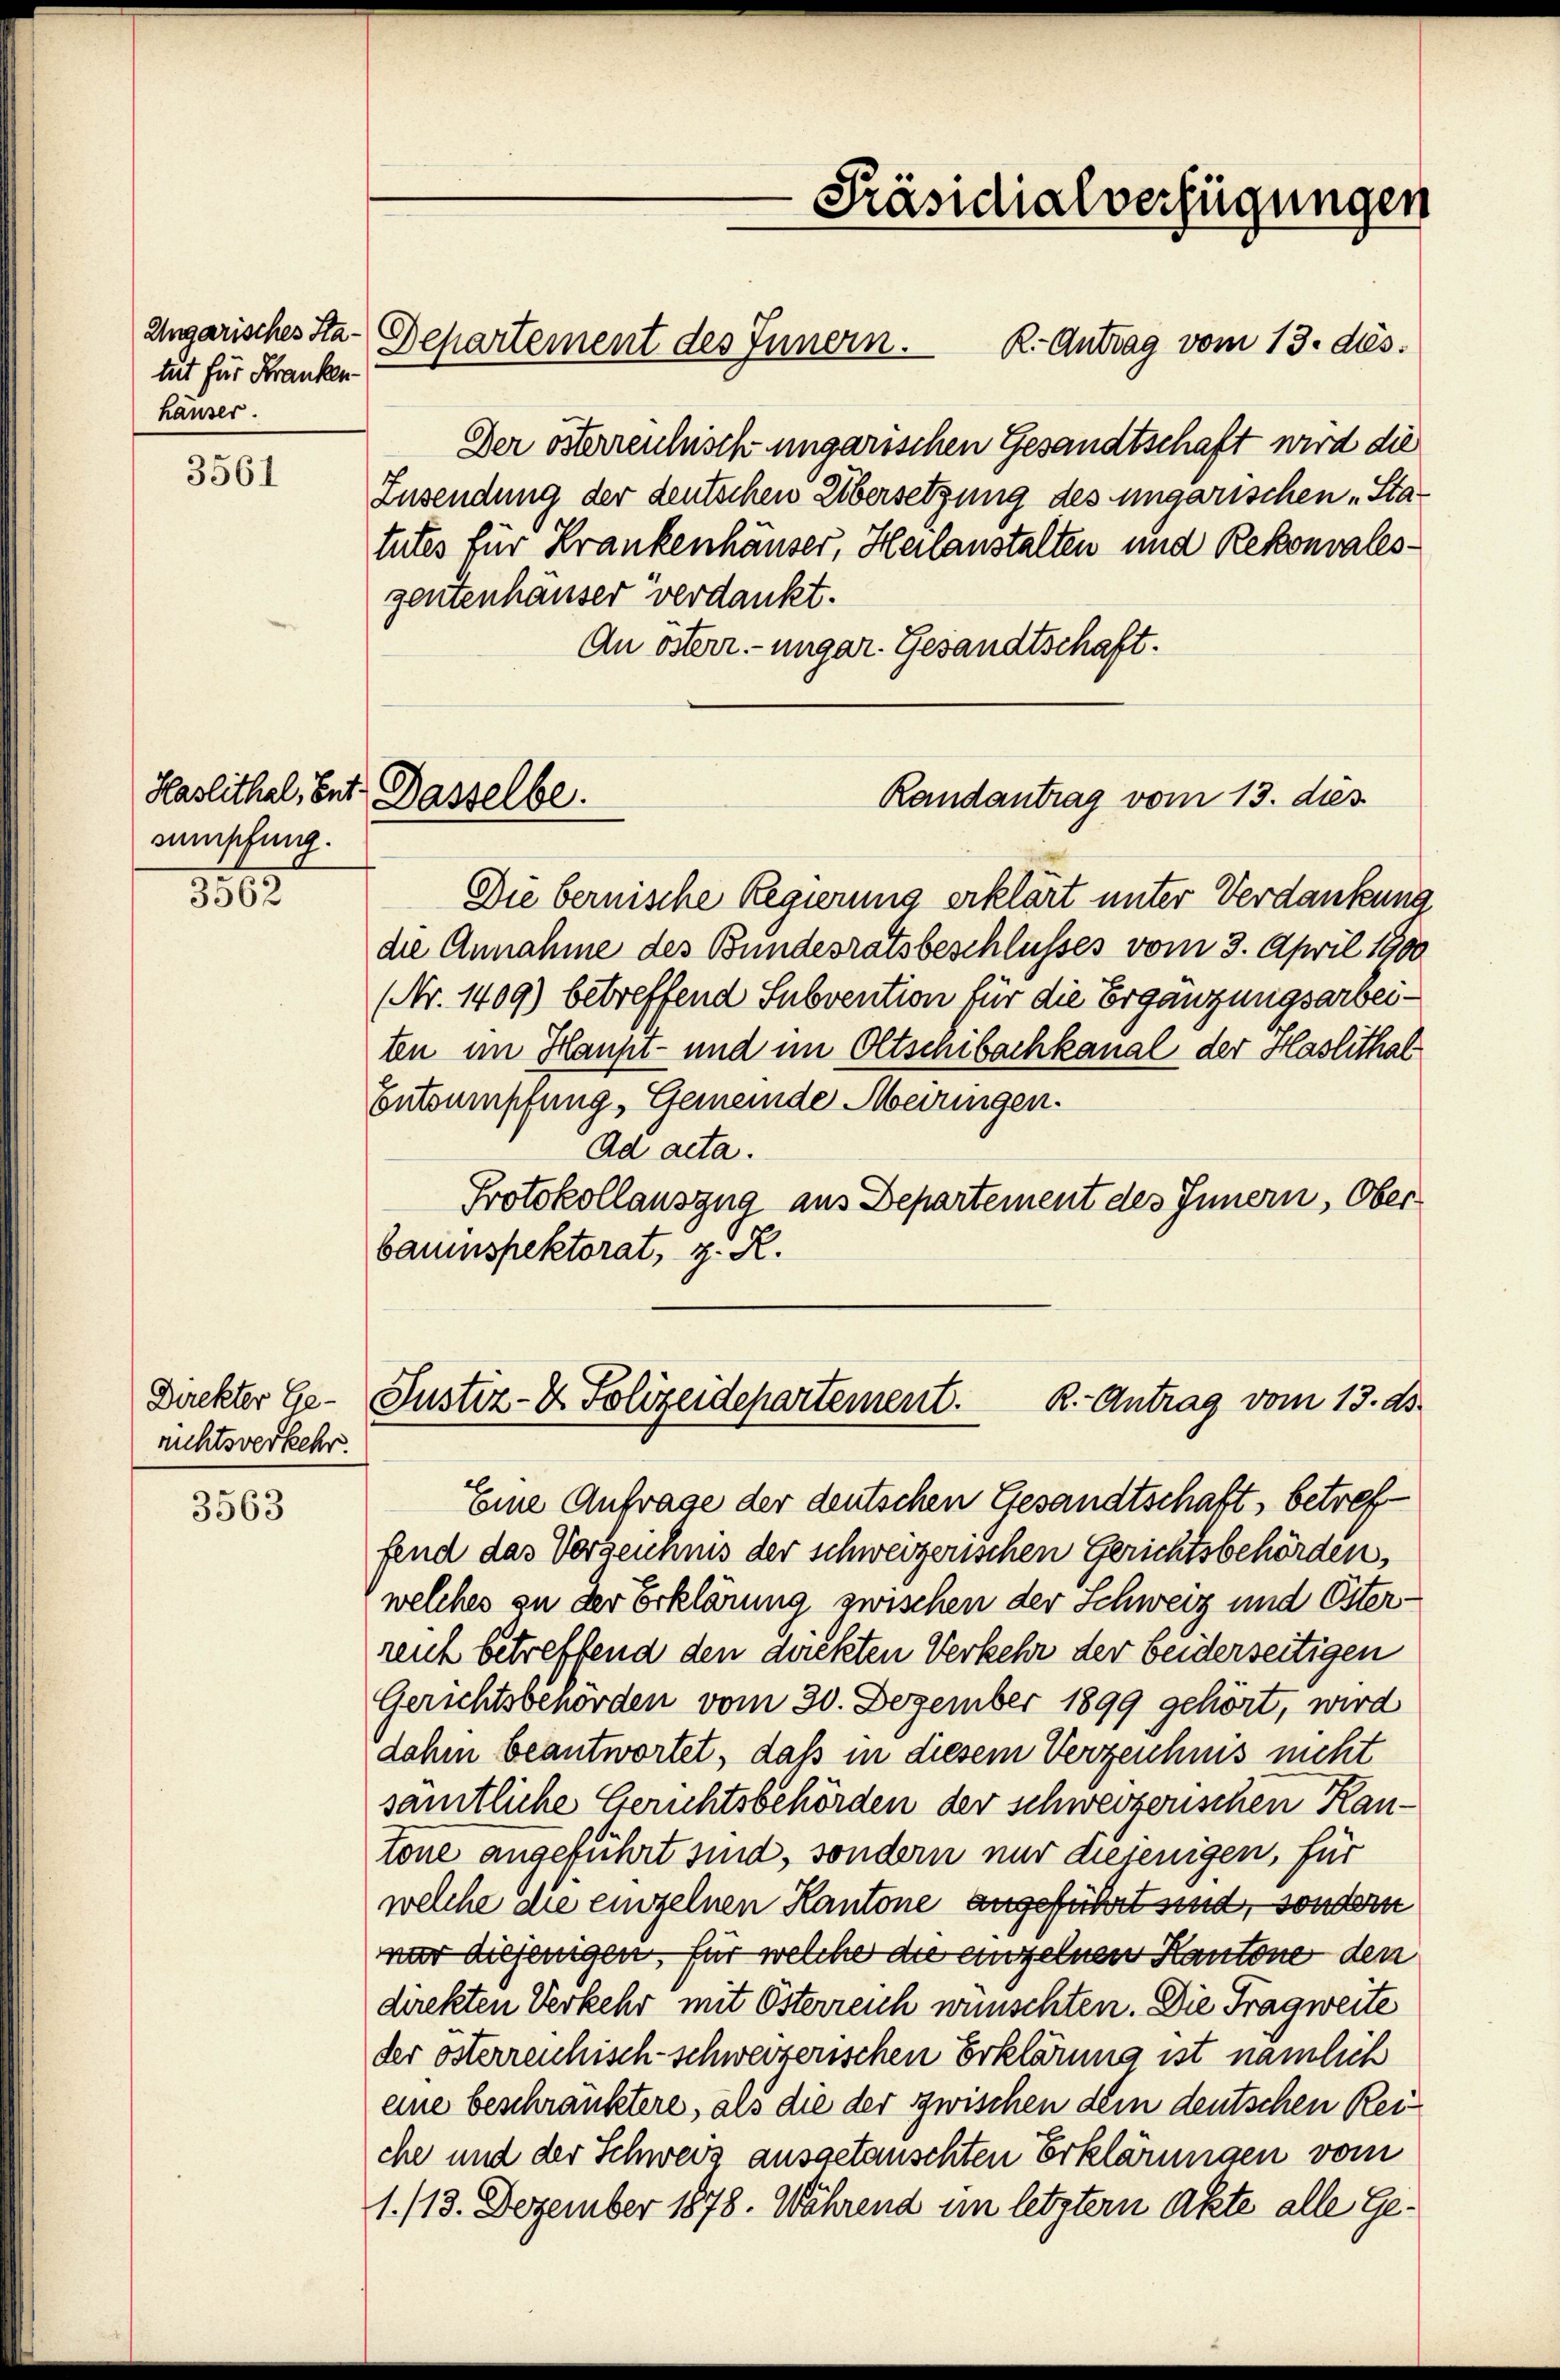
Ungarisches Sta-
tut für Franken
häuser.

3561

sempfing.

5562

Direkter Ge-
richtsverkehr.

3563

Der österrenhisch ungarischen Gesandtschaft wird die
Zusendung der deutschen Übersetzung des ungarischen „Statutes für Krankenhäuser, Heilanstalten und Rekonvalesgentenhäuser verdankt.
An österr. ungar. Gesandtschaft.

Haslithal, Ent Dasselbe.

Departement des Innern. K. Antrag vom 13. ds.

-Präsidialverfügungen

Randantrag vom 13. dies

Justiz- & Polizeidepartement.
R.- Antrag vom 13. ds.

Die bernische Regierung erklärt unter Verdankung
die Annahme des Bundesratsbeschlusses vom 3. April 1900
(Nr. 1409) betreffend Subvention für die Ergänzungsarbeiten im Haupt- und im Oltschibachkanal der Haslithal
Entsumpfung, Gemeinde Meiringen.
ad acta.
Protokollauszug aus Departement des Innern, Oberbauinspektorat, z. R.
Eine Anfrage der deutschen Gesandtschaft, betreffend das Verzeichnis der schweizerischen Gerichtsbehörden,
welches zu der Erklärung zwischen der Schweiz und Österreich betreffend den dickten Verkehr der beiderseitigen
Gerichtsbehörden vom 20. Dezember 1899 gehört, wird
dahin beantwortet, daß in diesem Verzeichnis nicht
sämtliche Gerichtsbehörden der schweizerischen Rautone angeführt sind, sondern nur diejenigen, für
welche die einzelnen Kantone angeführt sind, sondern
nur diejenigen für welche die einzelnen Kantone den
direkten Verkehr mit Österreich wünschten. Die Tragweite
der österreichisch schweizerischen Erklärung ist nämlich
eine beschränktere, als die der zwischen dem deutschen Reiche und der Schweiz ausgetanschten Erklärungen vom
1./13. Dezember 1878. Während im letztern Akte alle Ge¬